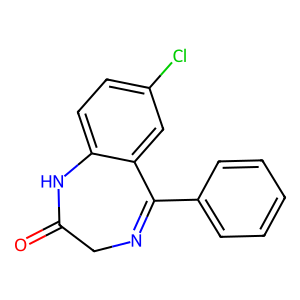
SMILES: O=C1CN=C(c2ccccc2)c2cc(Cl)ccc2N1
Inhibits HIV replication: No